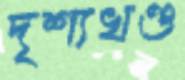
দৃশ্যখণ্ড